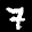
Label: 7